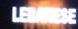
lebanese